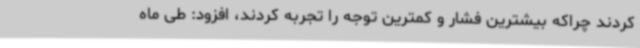
کردند چراکه بیشترین فشار و کمترین توجه را تجربه کردند، افزود: طی ماه